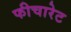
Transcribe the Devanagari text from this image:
फीचारेट